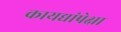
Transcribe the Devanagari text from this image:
कायद्यांपेक्षा